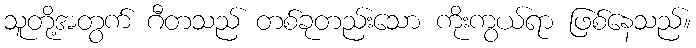
သူတို့အတွက် ဂီတသည် တစ်ခုတည်းသော ကိုးကွယ်ရာ ဖြစ်နေသည်။